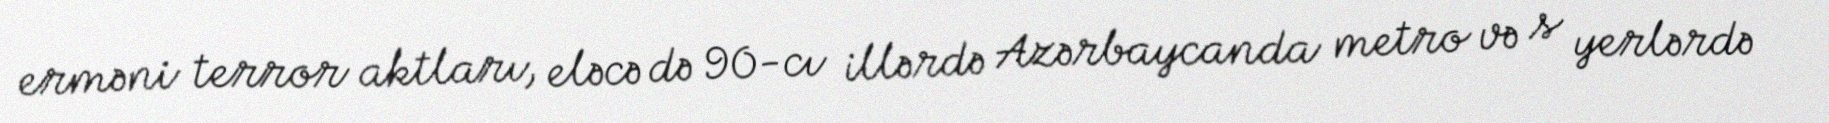
erməni terror aktları, eləcə də 90-cı illərdə Azərbaycanda metro və s yerlərdə